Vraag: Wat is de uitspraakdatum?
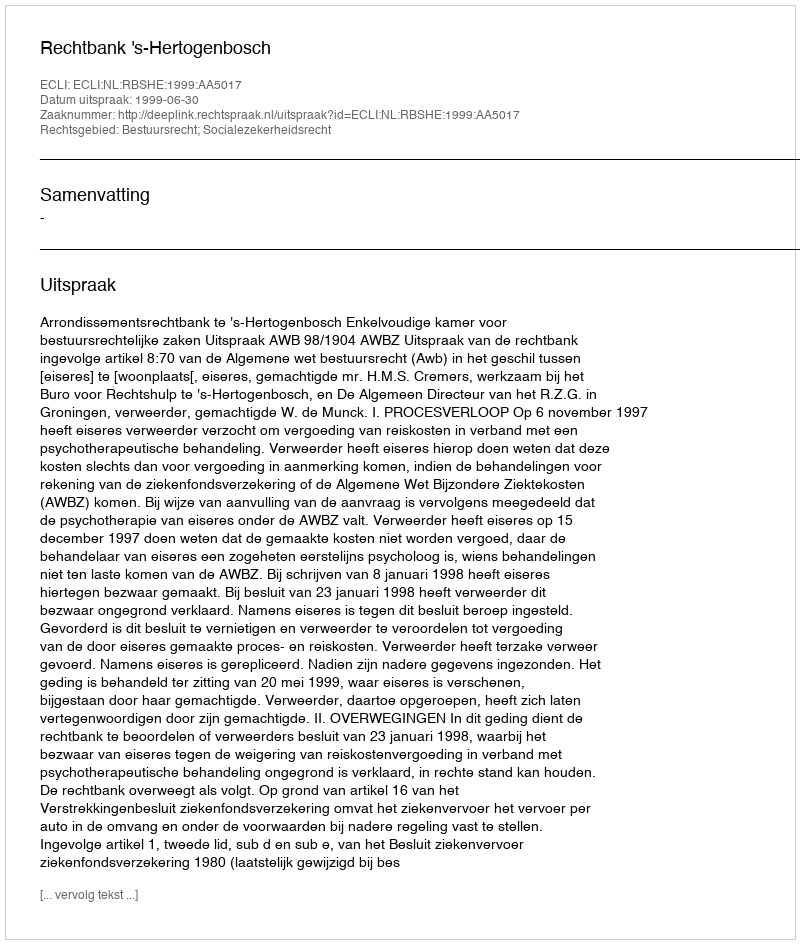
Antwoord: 1999-06-30